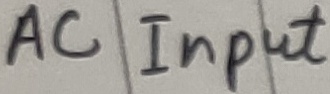
Text: AC Input